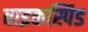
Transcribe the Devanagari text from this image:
बाइकस्पिड